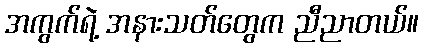
အကွက်ရဲ့ အနားသတ်တွေက ညီညာတယ်။